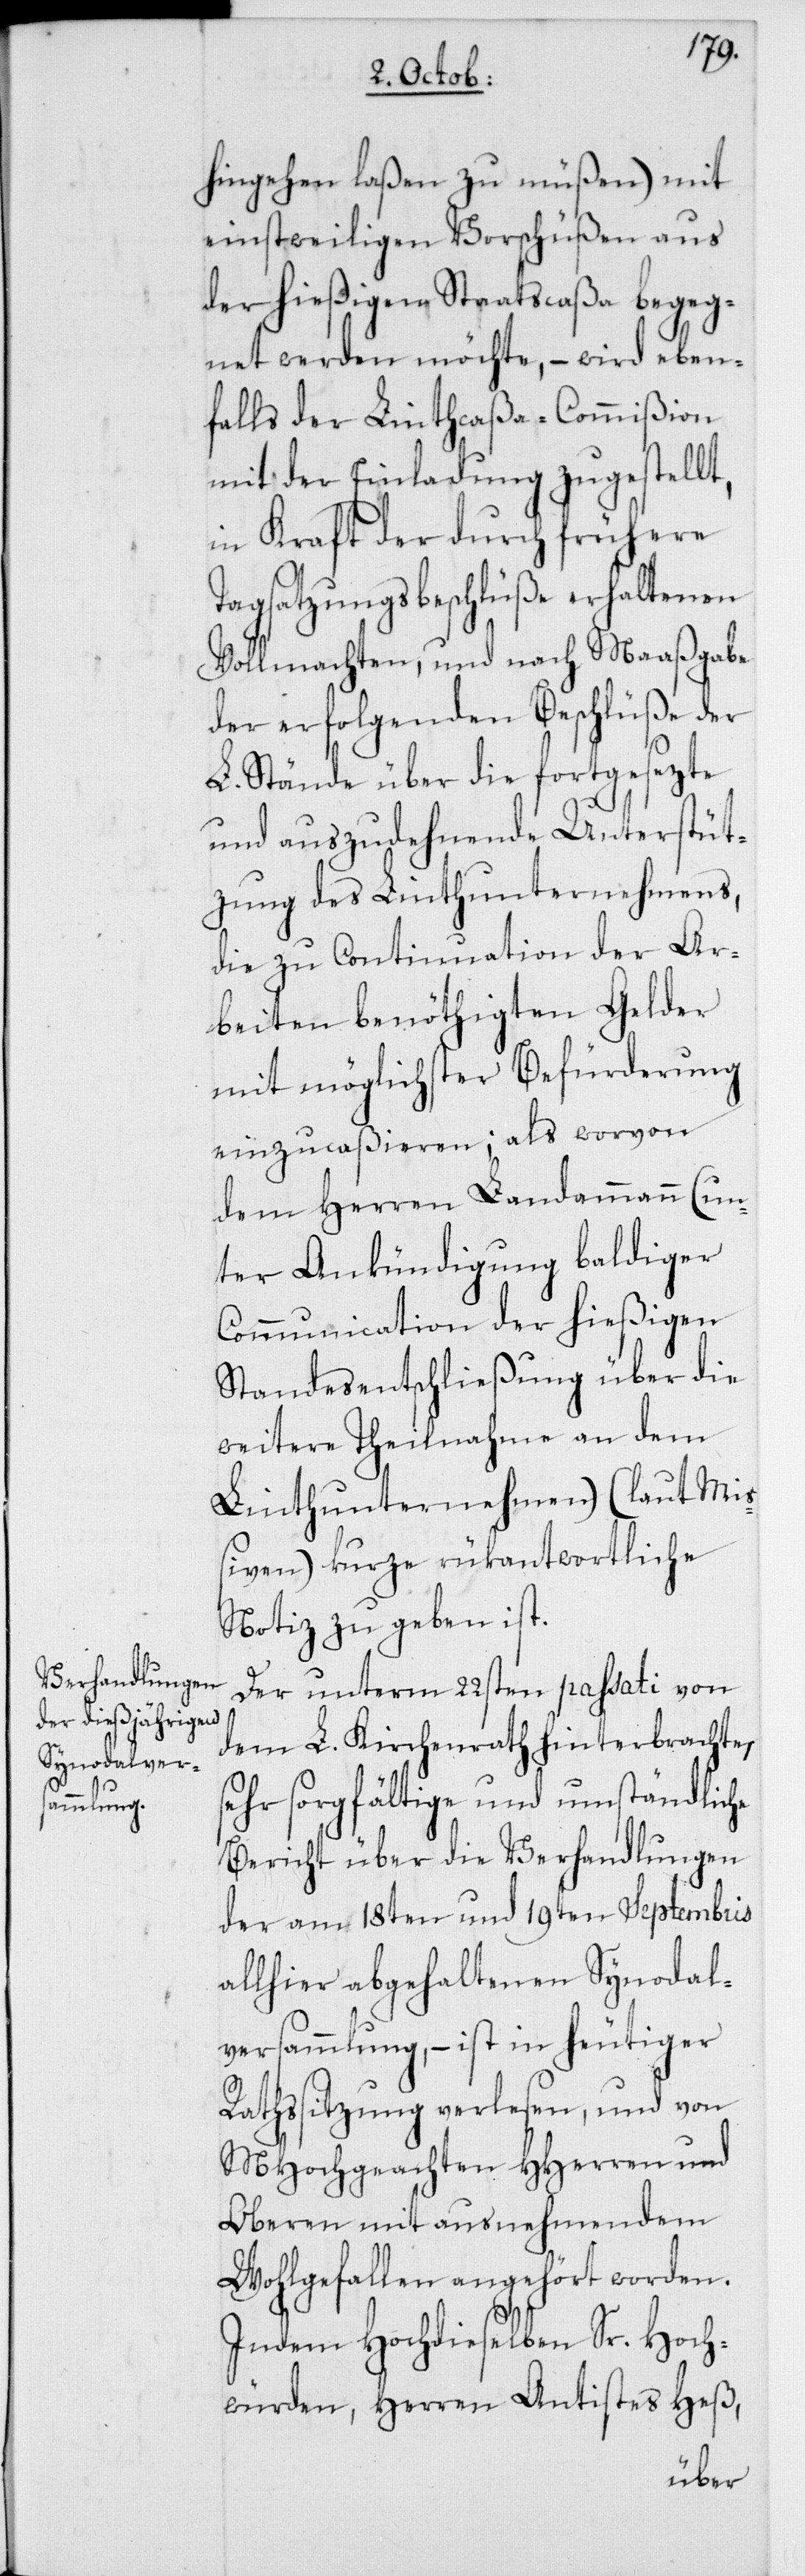
s¬
hingehen laßen zu müßen) mit
einstweiligen Vorschüßen aus
der hießigen Staatscaßa begeg¬
net werden möchte, – wird eben¬
falls der Linthcaßa-Commißion
mit der Einladung zugestellt,
in Kraft der durch frühere
Tagsatzungsbeschlüße erhaltenen
Vollmachten, und nach Maaßgabe
der erfolgenden Beschlüße der
L. Stände über die fortgesezte
und auszudehnende Unterstüt¬
zung des Linthunternehmens,
die zu Continuation der Ar¬
beiten benöthigten Gelder
mit möglichster Befürderung
einzucaßieren; als worvon
dem Herren Landammann (un¬
ter Ankündigung baldiger
Communication der hießigen
Standesentschließung über die
weitere Theilnahme an dem
Linthunternehmen) (laut Miß¬
iven) kurze rükantwortliche
Notiz zu geben ist.
Der unterm 22sten passati von
dem lobl. Kirchenrath hinterbrachte,
ehr sorgfältige und umständliche
Bericht über die Verhandlungen
der am 18ten und 19ten Septembris
allhier abgehaltenen Synodal¬
versammlung, – ist in heutiger
Rathssitzung verlesen, und von
MHochgeachten HHerren und
Oberen mit ausnehmendem
Wohlgefallen angehört worden.
Indem Hochdieselben Sr. Hoch¬
würden, Herren Antistes Heß,